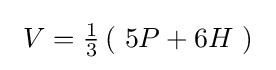
\ V={\tfrac {1}{3}}\left(\ 5P+6H\ \right)\